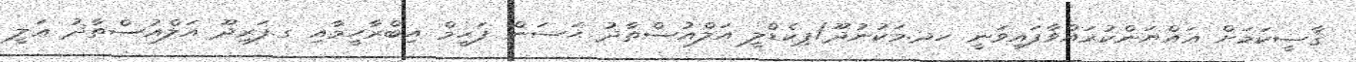
ޤާޟީކަމަށް ޢައްޔަންކުރައްވާފައިވަނީ ހދ.މަކުނުދޫ/ޕިކެޑްލީ އަލްއުސްތާޛު ޙަސަން ފަޙީމް އިބްރާހީމާއި ގ.ފަރިދޫ އަލްއުސްތާޛު ޢަލީ